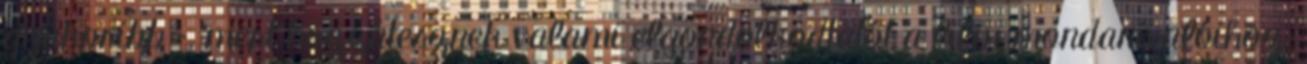
gyakoribb –, mert hozzátesznek valami elgondolkodtatót a film mondanivalóihoz.